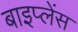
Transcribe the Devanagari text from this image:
बाइप्‍लेंस